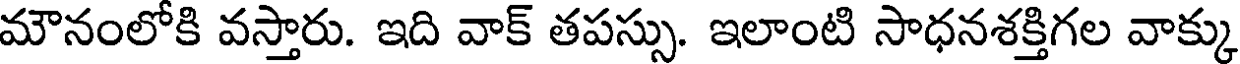
మౌనంలోకి వస్తారు. ఇది వాక్ తపస్సు. ఇలాంటి సాధనశక్తిగల వాక్కు